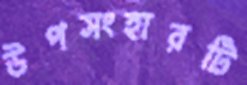
উপসংহারটি